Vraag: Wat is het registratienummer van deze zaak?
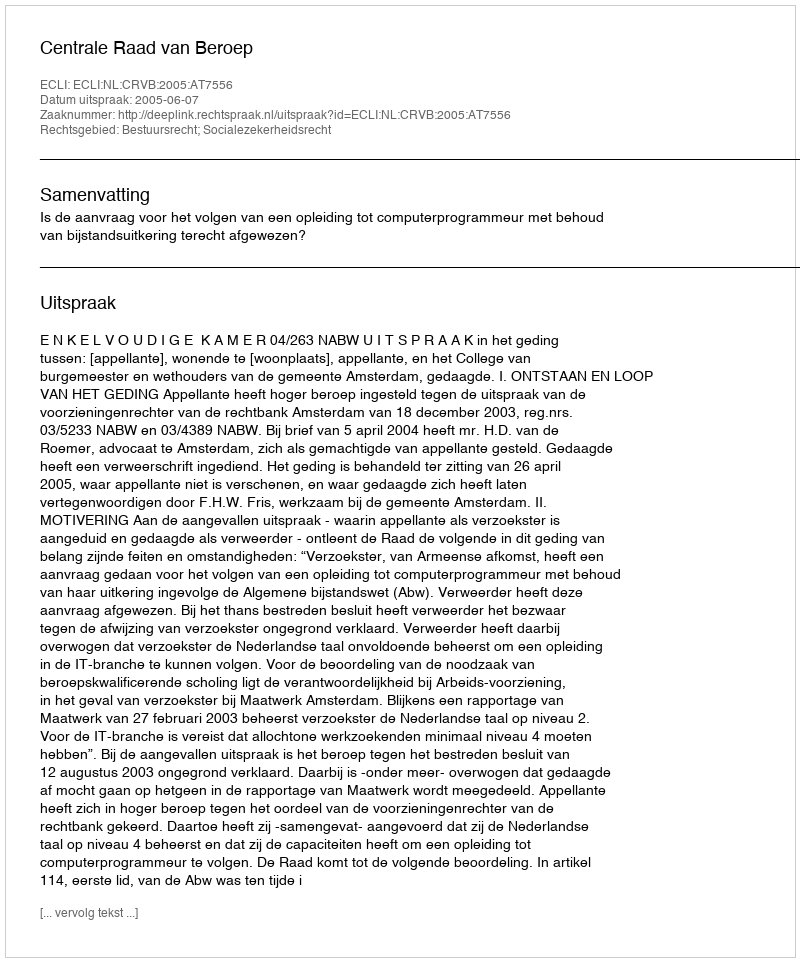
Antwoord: http://deeplink.rechtspraak.nl/uitspraak?id=ECLI:NL:CRVB:2005:AT7556